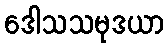
ဒေါသသမုဒယာ